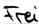
Text: Frei